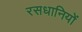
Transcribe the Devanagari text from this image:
रसधानियों